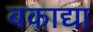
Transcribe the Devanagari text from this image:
बकाद्या